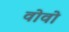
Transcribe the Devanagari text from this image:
वोवो